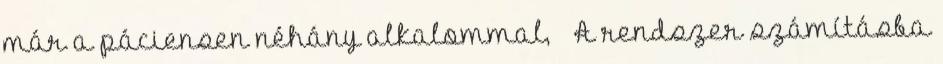
már a páciensen néhány alkalommal,  A rendszer számításba